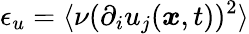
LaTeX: \epsilon_{u}=\langle\nu(\partial_{i}u_{j}(\boldsymbol{x},t))^{2}\rangle